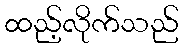
ထည့်လိုက်သည်